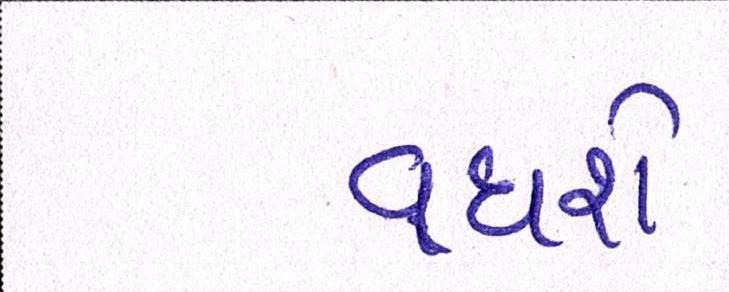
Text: વધશે